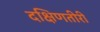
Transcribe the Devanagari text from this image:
दक्षिणतीरी